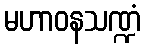
မဟာဝနသဏ္ဍံ